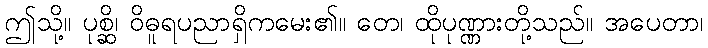
ဤသို့။ ပုစ္ဆိ၊ ဝိဓူရပညာရှိကမေး၏။ တေ၊ ထိုပုဏ္ဏားတို့သည်။ အပေတာ၊